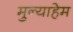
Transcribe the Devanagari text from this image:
मुन्याहेम